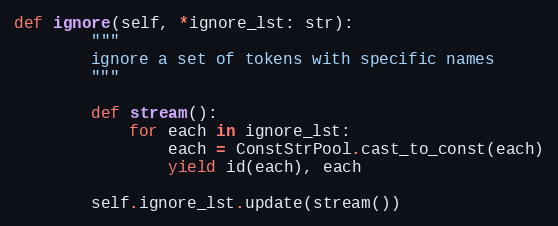
Language: Python
def ignore(self, *ignore_lst: str):
        """
        ignore a set of tokens with specific names
        """

        def stream():
            for each in ignore_lst:
                each = ConstStrPool.cast_to_const(each)
                yield id(each), each

        self.ignore_lst.update(stream())